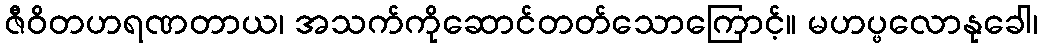
ဇီဝိတဟရဏတာယ၊ အသက်ကိုဆောင်တတ်သောကြောင့်။ မဟပ္ဖလောနုခေါ၊